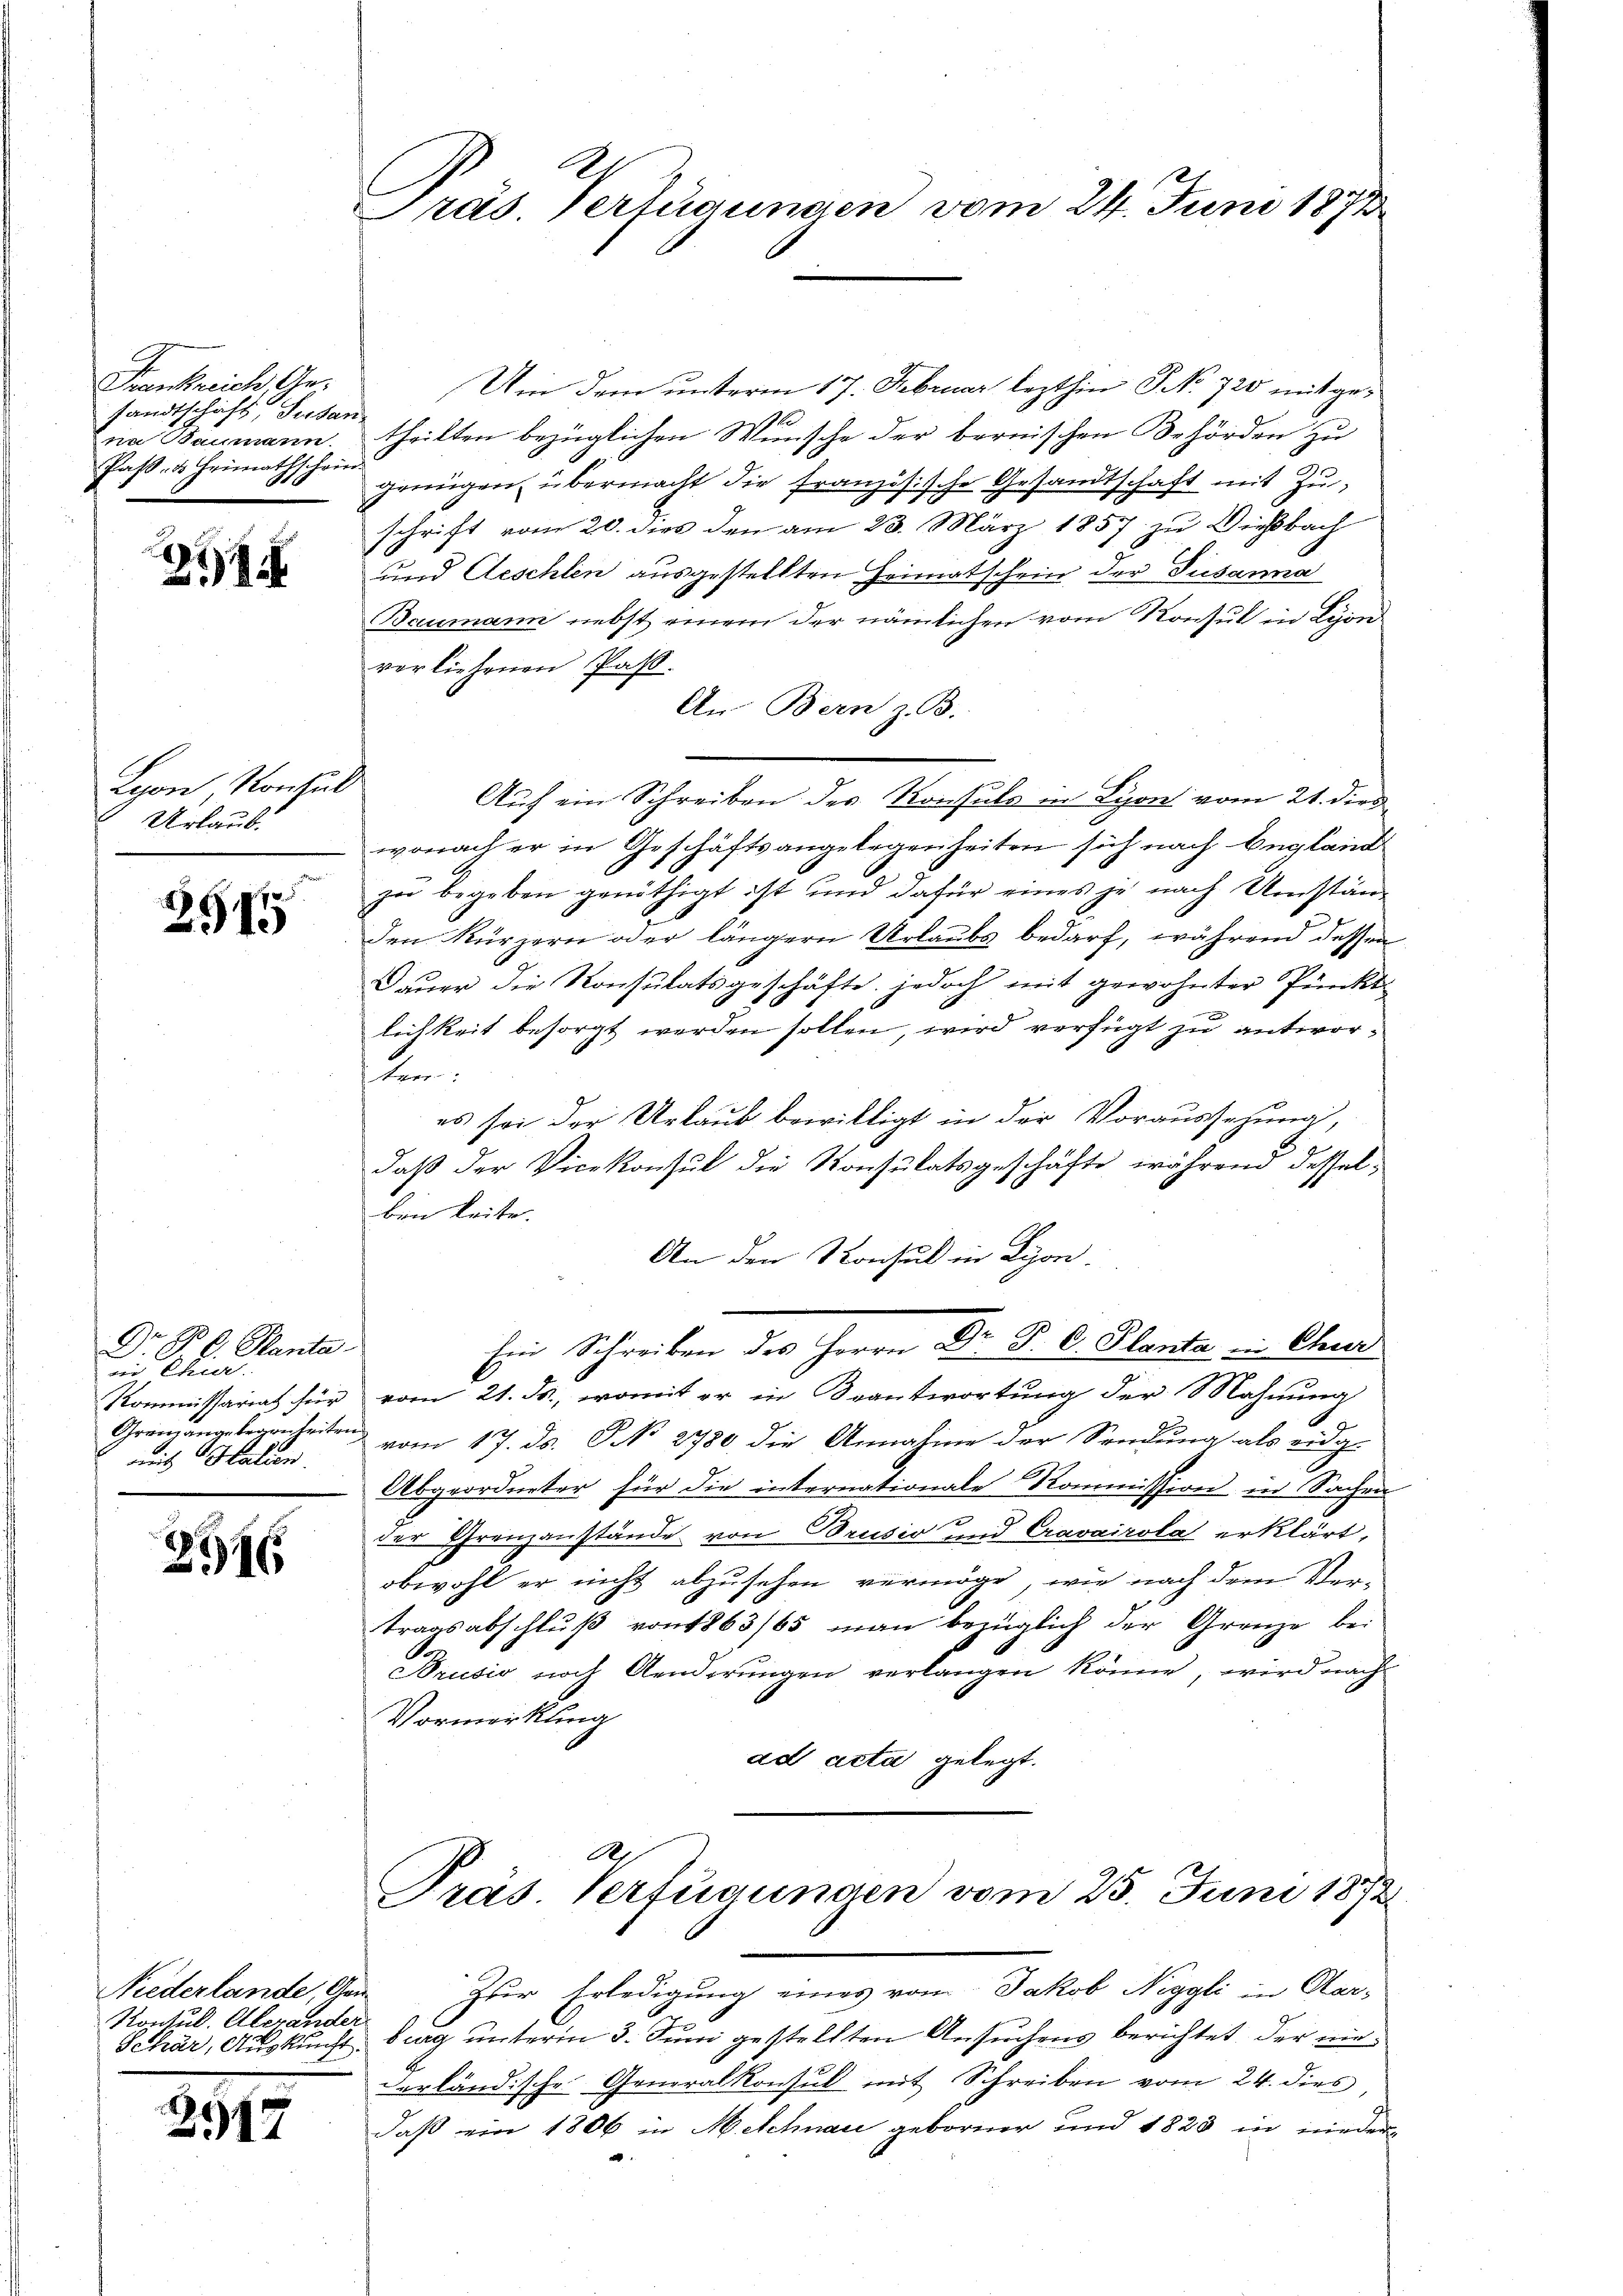
Frankreich Gesandtschaft, Susan
n Baumann.
Past- & Heimathschein

2

Lyon Konsul
Urlaub.

2975

Dr. P. C. Planta
i Chur.
Kommissariat für
Grenzange begreiheiten
amit Halien

2546

Niederlande, Gen
Kontul. Aberander
Schär, Auskunft.

2177

Gras Vertigungen vom 24. Juni 1871

Um dem unterm 17. Februar lezthin J No 720 mit getheilten bezüglichen Wunsche der bernischen Behörden zu
genügen übermacht die französische Gesandtschaft mit Zuschrift vom 20. dies den am 23. März 1857 zu Wiesbach
und Aeschlen ausgestellten Heimatschein der Susanna
Baumann nebst einem der nämlichen vom Konsul in Lyon
vorliehenen Pass.
An Bern z. B.
Auf ein Schreiben des Konsuls in Lyon vom 21. dies
wonach er in Geschäftsangelegenheiten sich nach England
zu begeben genöthigt ist und dafür eines je nach Umstän
den Kürzern oder längern Urlaubs bedarf, während dessen
Dauer die Konsulatsgeschäfte jedoch mit gewohnter Punkt
lichkeit besorgt werden sollen, wird verfügt zu antworten.
es sei der Urlaub bewilligt in der Voraussehung,
daß der Vicekonsul die Konsulatsgeschäfte während desselben leite.
An den Konsul in Lyon.
Ein Schreiben des Herrn Dr. P. C. Planta in Chur
vom 21. ds., womit er in Beantwortung der Mahnung
vom 17. ds. N. 2780 die Annahme der Sendung als eidg-
Abgeordneter für die internationale Kommission in Sachen
der Grenzanstände von Brusio und Cravairola erklärt,
obwohl er nicht abzusehen vermöge, wie nach dem Ver-
tragsabschlŭβ von 1863/65 man bezüglich der Grenze bei
Brusio noch Aenderungen verlangen könne, wird nach
Vormerkung
ad acta gelegt.
A

Präs. Verfügungen vom 25. Juni 1872

Zur Erledigung eines vom Jakob Neggli in Aar-
burg unterm 3. Juni gestellten Ansuchens berichtet, der nie
derländische Generalkonsul mit Schreiben vom 24. dies
Daß ein 1806 in Melchnau geborner und 1823 in nieder